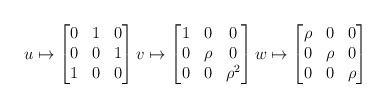
LaTeX: \begin{align*}u \mapsto \begin{bmatrix} 0 & 1 & 0 \\ 0 & 0 & 1 \\ 1 & 0 & 0 \end{bmatrix} v \mapsto \begin{bmatrix} 1 & 0 & 0 \\ 0 & \rho & 0 \\ 0 & 0 & \rho^2 \end{bmatrix} w \mapsto \begin{bmatrix} \rho & 0 & 0 \\ 0 & \rho & 0 \\ 0 & 0 & \rho \end{bmatrix} \end{align*}